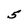
Character: 5